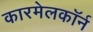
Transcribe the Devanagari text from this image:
कारमेलकॉर्न